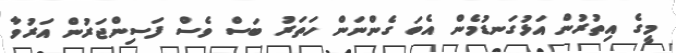
މީގެ އިތުރުން އަޅުގަނޑުމެން އެބަ ގެންނަން ހަތަރު ބަސް ވެސް ފަސިންޖަރުން އަރުވާ